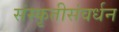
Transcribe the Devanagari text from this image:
संस्कृतीसंवर्धन